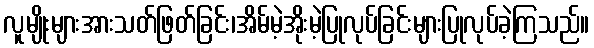
လူမျိုးများအားသတ်ဖြတ်ခြင်း၊အိမ်မဲ့အိုးမဲ့ပြုလုပ်ခြင်းများပြုလုပ်ခဲ့ကြသည်။